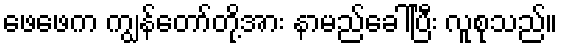
ဖေဖေက ကျွန်တော်တို့အား နာမည်ခေါ်ပြီး လူစုသည်။